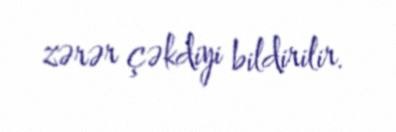
zərər çəkdiyi bildirilir.